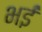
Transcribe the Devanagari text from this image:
भईं